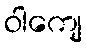
ဝါကျေ